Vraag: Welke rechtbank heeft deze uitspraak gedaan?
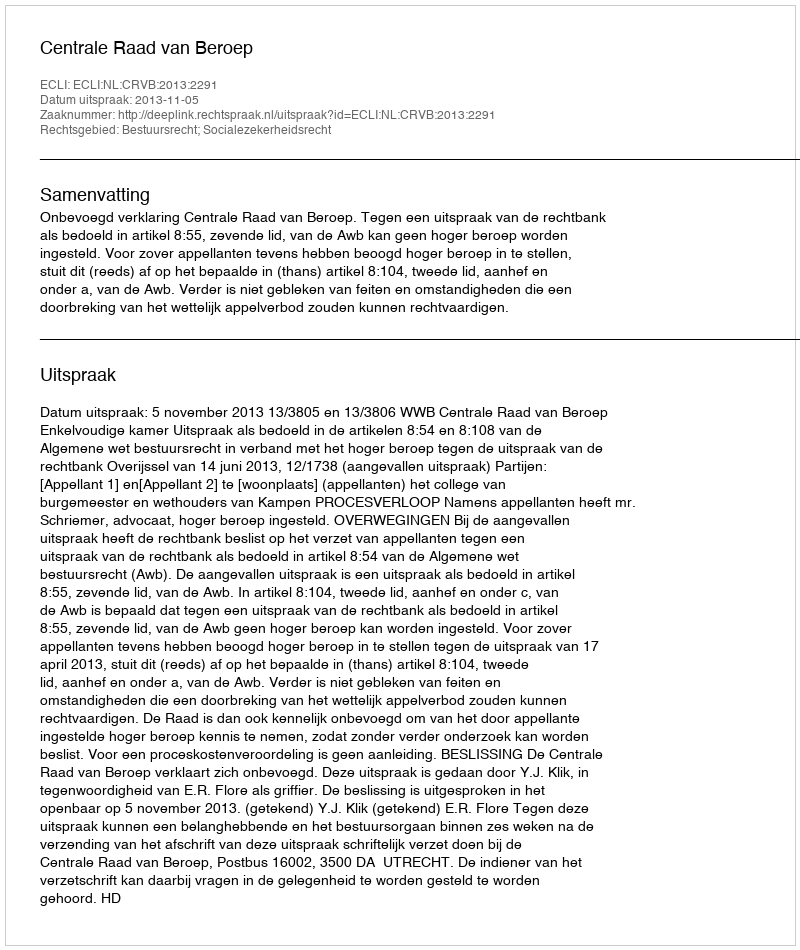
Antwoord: Centrale Raad van Beroep